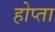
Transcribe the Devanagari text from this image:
होप्ता